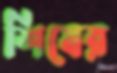
শিষের